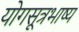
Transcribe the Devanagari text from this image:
योगसूत्रभाष्य